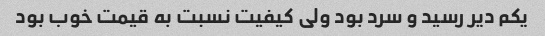
یکم دیر رسید و سرد بود ولی کیفیت نسبت به قیمت خوب بود